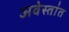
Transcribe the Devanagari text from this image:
अवेस्तांत